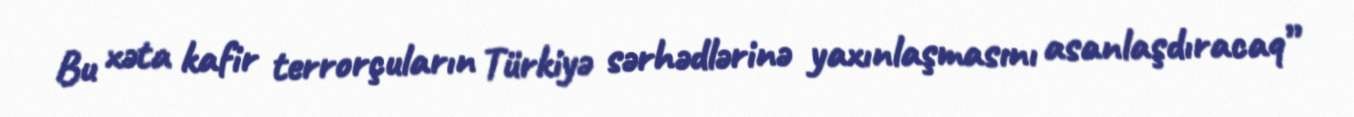
Bu xəta kafir terrorçuların Türkiyə sərhədlərinə yaxınlaşmasını asanlaşdıracaq”